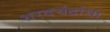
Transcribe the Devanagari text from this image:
शरदचंद्रांचा